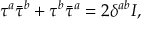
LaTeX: \tau ^ { a } \bar { \tau } ^ { b } + \tau ^ { b } \bar { \tau } ^ { a } = 2 \delta ^ { a b } I ,